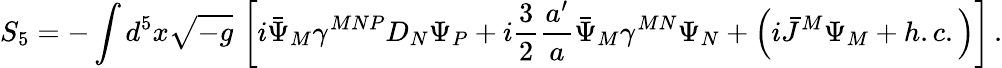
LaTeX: S_{5}=-\int d^{5}x\sqrt{-g}\, \left[i\bar{\Psi}_{M}\gamma^{MNP}D_{N}\Psi_{P}+i\frac{3}{2}\frac{a^{\prime}}{a}\bar{\Psi}_{M}\gamma^{MN}\Psi_{N}+\left(i\bar{J}^{M}\Psi_{M}+h.c.\right)\right]\, .